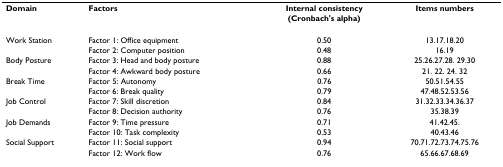
| Domain | Factors | Internal consistency (Cronbach's alpha) | Items numbers |
 | --- | --- | --- | --- |
 | Work Station | Factor 1: Office equipment | 0.50 | 13.17.18.20 |
 |  | Factor 2: Computer position | 0.48 | 16.19 |
 | Body Posture | Factor 3: Head and body posture | 0.88 | 25.26.27.28. 29.30 |
 |  | Factor 4: Awkward body posture | 0.66 | 21. 22. 24. 32 |
 | Break Time | Factor 5: Autonomy | 0.76 | 50.51.54.55 |
 |  | Factor 6: Break quality | 0.79 | 47.48.52.53.56 |
 | Job Control | Factor 7: Skill discretion | 0.84 | 31.32.33.34.36.37 |
 |  | Factor 8: Decision authority | 0.76 | 35.38.39 |
 | Job Demands | Factor 9: Time pressure | 0.71 | 41.42.45. |
 |  | Factor 10: Task complexity | 0.53 | 40.43.46 |
 | Social Support | Factor 11: Social support | 0.94 | 70.71.72.73.74.75.76 |
 |  | Factor 12: Work flow | 0.76 | 65.66.67.68.69 |